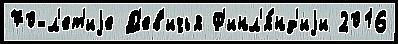
70-л'ет'иjе Д'ев'ичья Ф'инл'я́нд'иjи 2016